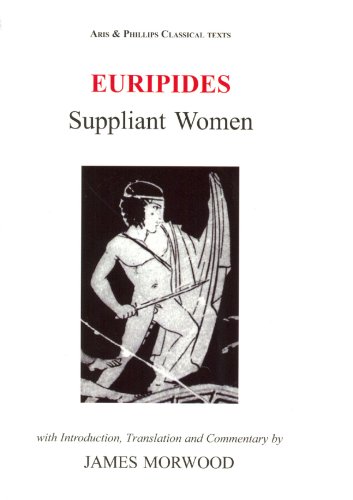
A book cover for Euripides: Suppliant Women (Classical Texts) (Ancient Greek Edition); James Morwood; Literature & Fiction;